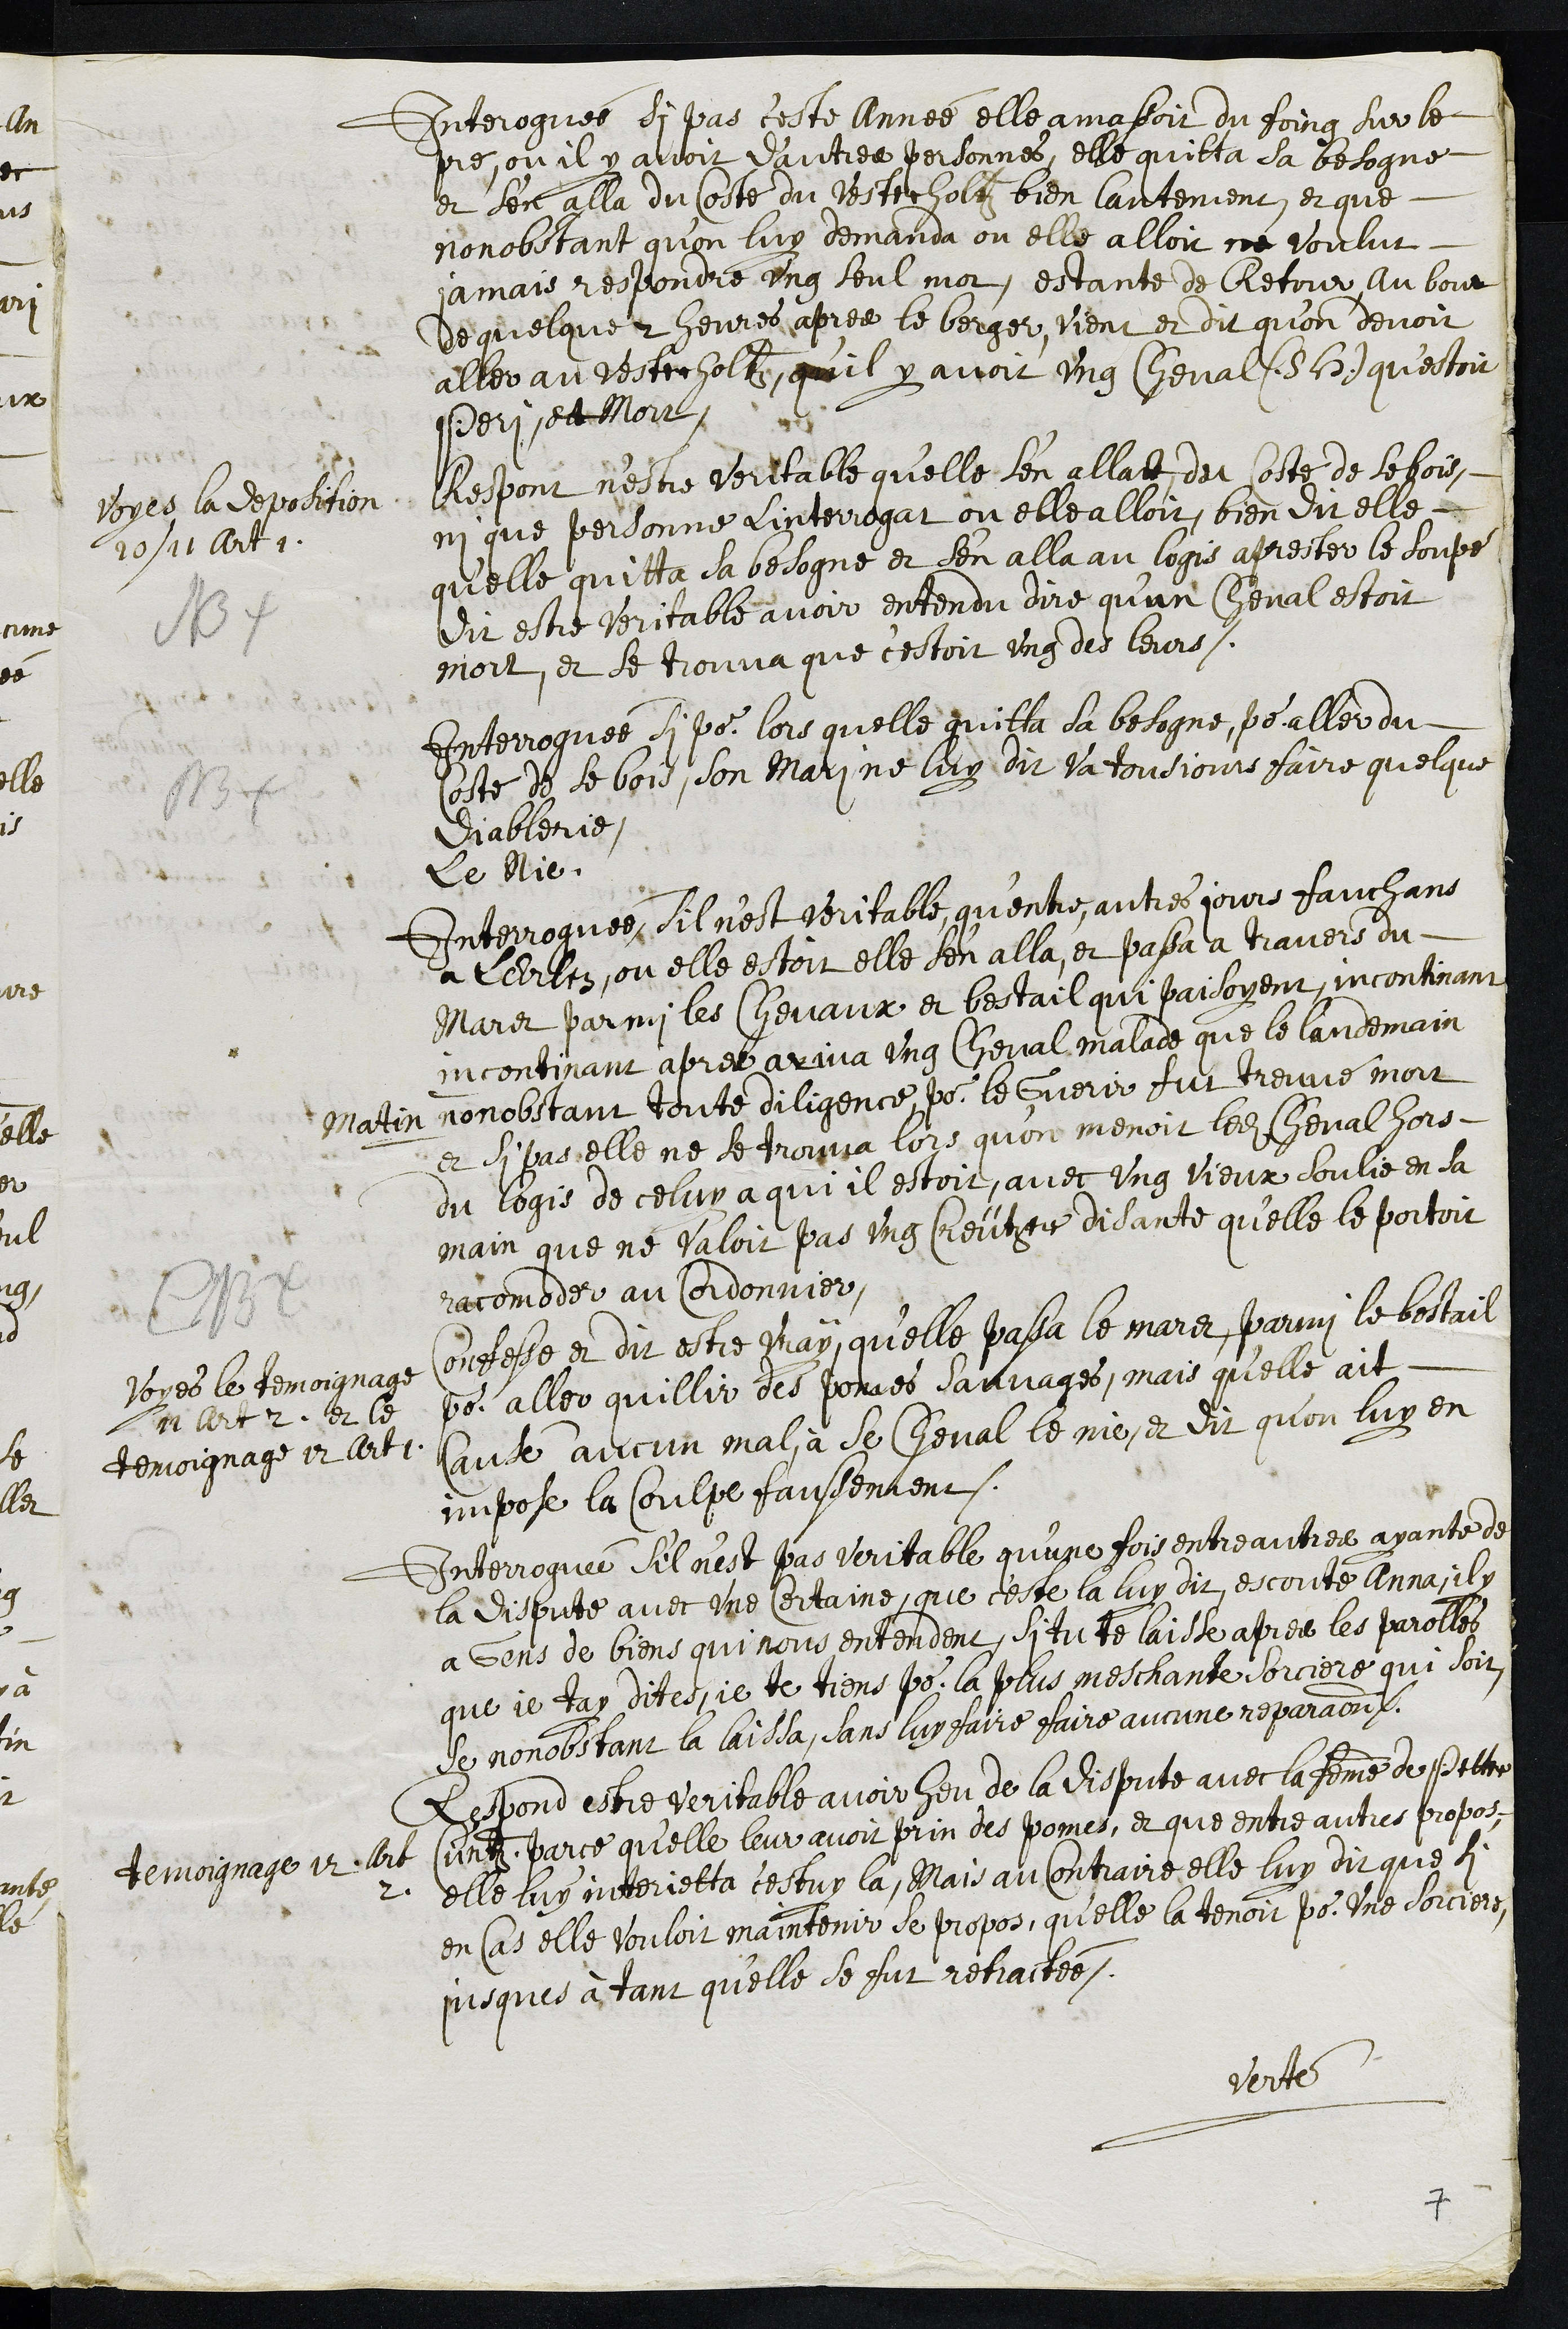
Interroguée si pas c'este année elle amassoit du foing sur le
pre, ou il y avoit d'autres personnes, elle quitta sa besogne
et s'en alla du costé du Vesterholtz bien lantement, et que
nonobstant qu'on luy demanda ou elle alloit ne voulut
jamais respondre ung seul mot, estante de Retour, au bout
de quelque 2 heures apres le berger, vient et dit qu’on devoit
aller au Vesterholtz, qu'il y avoit ung cheval (S. H.) qu'estoit
Peri et mort
Voyes la deposition
20 / 11 art 1.
NB
Respont n’estre veritable qu’elle sen allat du coste de se bois
ni que personne Linterrogat ou elle alloit, bien dit elle
qu'elle quitta sa besogne et s’en alla au logis aprester le soupé
dit estre veritable avoir entendu dire qu’un cheval estoit
mort, et se trouva que c'estoit ung des leurs.
NB.
Interroguée si pour lors quelle quitta sa besogne, pour aller du
costé de se bois, son mari ne luy dit Va tousjours faire quelque
diablerie,
le Nie.
Interroguée sil n’est veritable, qu’entre autres jours fauchans
a LErlen, ou elle estoit elle s'en alla, et passa a travers du
Maret parmi les chevaux et bestail qui paisoyent, incontinant
incontinant apres ariva ung cheval malade que le landemain
matin nonobstant toute diligence pour le Guerir fut treuvé mort
et si pas elle ne se trouva lors qu'on menoit ledit cheval hors
du logis de celuy a qui il estoit, avec ung vieux soulie en sa
main que ne valoit pas ung Creützer disante qu’elle le portoit
racomoder au Cordonnier,
NB
Voyes le temoignage
11 art. 2. et le
temoignage 12 art 1.
Confesse et dit estre vray, qu'elle passa le maret, parmi le bestail
pour aller quillir des pomes sauvages, mais qu'elle ait
causé aucun mal à se cheval le nie, et dit qu’on luy en
impose la coulpe faussement.
Interroguée s'il n’est pas veritable qu’une fois entre autres ayante de
la dispute avec une certaine, que ceste la luy dit, escoute Anna, il y
a Gens de biens qui nous entendent, si tu te laisse apres les parolles
que je tay dites, je te tiens pour la plus meschante sorciere qui soit,
Se nonobstant la laissa, sans luy faire faire aucune reparation.
Temoignage 12 Art
2
Respond estre veritable avoir heu de la dispute avec la femme de Petter
Cuntz, parce qu’elle leur avoit prin des pomes, et que entre autres propos,
elle luy interjetta c'estuy la, Mais au contraire elle luy dit que si
en Cas elle vouloit maintenir se propos, qu’elle la tenoit pour une sorciere,
jusques à tant qu'elle se fut retractée.
Verté
7